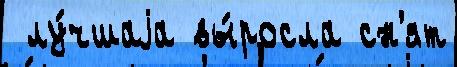
 лу́чшаjа вы́росла сн'ят